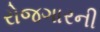
રોજગારની